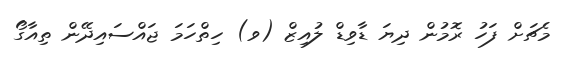
މެޗަށް ފަހު ރޮމުން ދިޔަ ޑާވިޑް ލުއިޒް (ވ) ހިތްހަމަ ޖައްސައިދޭން ތިއާގޯ